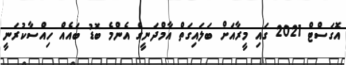
އޮގަސްޓް 2021 ގައި މީރާއަށް ބަލައިގަތް އާމްދަނީގެ އެންމެ ބޮޑު ބައެއް ހިއްސާކުރަނީ